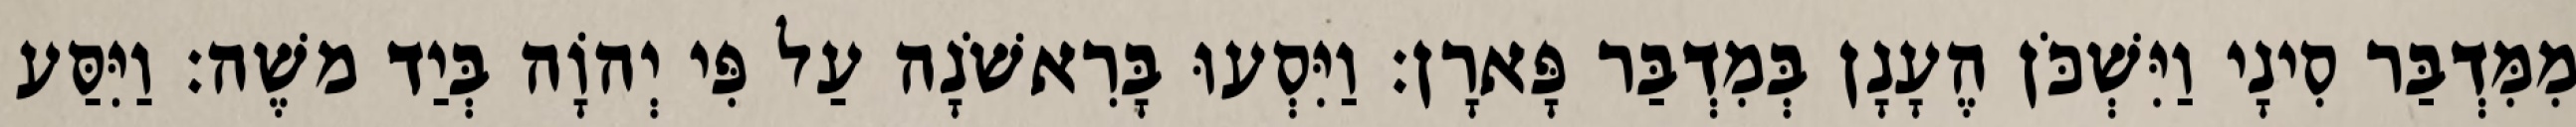
מִמִּדְבַּר סִינָי וַיִּשְׁכֹּן הֶעָנָן בְּמִדְבַּר פָּארָן׃ וַיִּסְעוּ בָּרִאשֹׁנָה עַל פִּי יְהוָֹה בְּיַד משֶׁה׃ וַיִּסַּע